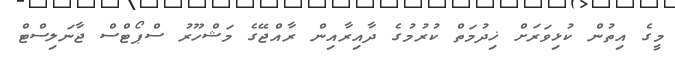
މީގެ އިތުން ކުޅިވަރަށް ޚިދުމަތް ކުރުމުގެ ދާއިރާއިން ރާއްޖޭގެ މަޝްހޫރު ސްޕޯޓްސް ޖާނަލިސްޓް